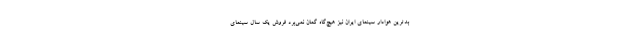
بدترین هوادار سینمای ایران نیز هیچ‌گاه گمان نمی‌برد فروش یک سال سینمای